Annual report of lunatic asylums [Bombay] - 1912-1922
Year: 1912
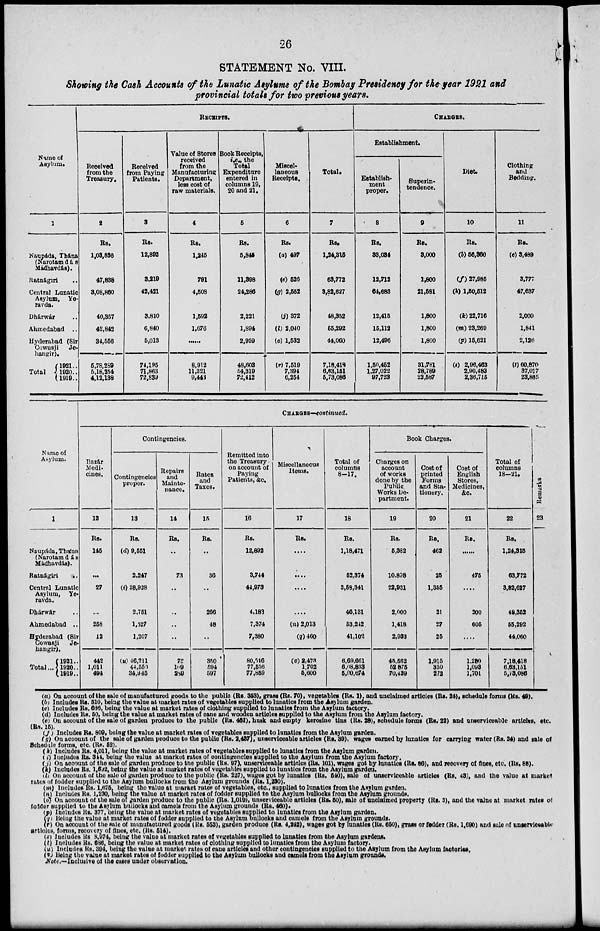
26
STATEMENT No. VIII.
Showing the Cash Accounts of the Lunatic Asylums of the Bombay Presidency for the year 1921 and
provincial totals for two previous years.
Name of
Asylum.
1
Naupáda, Thána
(Narotam dás
Madhavdás).
Ratnágiri ..
Central Lunatic
Asylum, Ye-
ravda.
Dhárwár ..
Ahmedabad ..
Hyderabad (Sir
Cowasji
Je-
hangir).
Total
1921 ..
1920 ..
1919 ..
RECEIPTS.
Received
from the
Treasury.
2
Rs.
1,03,836
47,838
3,08,860
40,357
42,842
34,566
5,78,289
5,18,254
4,12,138
Received
from Paying
Patients.
3
Rs.
12,892
3,219
42,421
3,810
6,840
5,013
74,195
71,863
72,839
Value of Stores
received
from the
Manufacturing
Department,
less cost of
raw materials.
4
Rs.
1,245
791
4,508
1,592
1,676
......
8,912
11,321
9,443
Book Receipts,
i.e., the
Total
Expenditure
entered in
columns 19,
20 and 21.
5
Rs.
5,845
11,398
24,286
2,221
1,894
2,959
48,603
54,319
72,412
Miscel-
laneous
Receipts.
6
Rs.
(a) 497
(e) 526
(g) 2,552
(j) 372
(l) 2,040
(o) 1,532
(r) 7,519
7,394
6,254
Total.
7
Rs.
1,24,315
63,772
3,82,627
48,352
55,292
44,060
7,18,418
6,63,151
5,73,086
CHARGES.
Establishment.
Establish-
ment
proper.
8
Rs.
33,034
12,712
64,683
12,415
15,112
12,496
1,50,452
1,27,022
97,723
Superin-
tendence.
9
Rs.
3,000
1,800
21,581
1,800
1,800
1,800
31,781
28,789
22,587
Diet.
10
Rs.
(b) 56,360
(f) 27,985
(h) 1,50,512
(k) 22,716
(m) 23,269
(p) 15,621
(s) 2,96,463
2,90,483
2,36,715
Clothing
and
Bedding.
11
Rs.
(c) 3,489
3,777
47,637
2,000
1,841
2,126
(t) 60,870
37,017
23,865
Name of
Asylum.
1
Naupáda, Thána
(Narotam dás
Mádhavdás).
Ratnágiri
..
Central Lunatic
Asylum, Ye-
ravda.
Dhárwár ..
Ahmedabad ..
Hyderabad (Sir
Cowasji
Je-
hangir).
Total ...
1921..
1920..
1919..
CHARGES—continued.
Bazár
Medi-
cines.
12
Rs.
145
...
27
...
258
12
442
1,011
494
Contingencies.
Contingencies
proper.
13
Rs.
(d) 9,551
2,247
(i) 28,928
2,751
1,527
1,207
(u) 46,211
44,550
34,945
Repairs
and
Mainte-
nance.
14
Rs.
..
73
..
..
..
..
72
109
280
Rates
and
Taxes.
15
Rs.
..
36
..
266
48
..
350
594
597
Remitted into
the Treasury.
on account of
Paying
Patients, &c.
16
Rs.
12,892
3,744
44,973
4,183
7,374
7,380
80,546
77,556
77,859
Miscellaneous
Items.
17
Rs.
....
....
....
....
(n) 2,013
(q) 460
(v) 2,473
1,702
5,600
Total of
columns
8-17.
18
Rs.
1,18,471
52,374
3,58,341
46,131
53,242
41,102
6,69,661
6,08,833
5,00,674
Book Charges.
Charges on
account
of works
done by the
Public
Works De-
partment.
19
Rs.
5,382
10,808
22,931
2,000
1,418
2,933
45,562
52 875
70,439
Cost of
printed
Forms
and Sta-
tionery.
20
Rs.
462
25
1,356
21
27
25
1,915
350
272
Cost of
English
Stores,
Medicines,
&c.
21
Rs.
......
475
....
200
605
....
1,280
1,093
1,701
Total of
columns
18—21.
22
Rs.
1,24,315
63,772
3,82,627
48,352
55,292
44,060
7,18,418
6,63,151
6,73,086
Remarks
23
(a) On account of the sale of manufactured goods to the public (Rs. 353), grass (Rs. 70), vegetables (Rs. 1). and unclaimed articles (Rs. 24), schedule forms (Rs. 49).
(b) Includes Rs. 510, being the value at market rates of vegetables supplied to lunatics from the Asylum garden.
(c) Includes Rs. 686, being the value at market rates of clothing supplied to lunatics from the Asylum factory.
(d) Includes Rs. 50, being the value at market rates of cane and wooden articles supplied to the Asylum from the Asylum factory.
(e) On account of the sale of garden produce to the public (Rs. 461), husk and empty kerosine tins (Rs. 28), schedule forms (Rs. 22) and unserviceable articles, etc.
(Rs. 15).
(f) Includes Rs. 809, being the value at market rates of vegetables supplied to lunatics from the Asylum garden.
(g) On account of the sale of garden produce to the public (Rs. 2,437), unserviceable articles (Rs. 39), wages earned by lunatics for carrying water (Rs. 24) and sale of
Schedule forms, etc. (Rs. 52).
(h) Includes Rs. 4,011, being the value at market rates of vegetables supplied to lunatics from the Asylum garden.
(i) Includes Rs. 314, being the value at market rates of contingencies supplied to the Asylum from the Asylum factory.
(j) On account of the sale of garden produce to the public (Rs. 97), unserviceable articles (Rs. 101), wages got by lunatics (Rs. 86), and recovery of fines, etc. (Rs. 88).
(k) Includes Rs. 1,592, being the value at market rates of vegetables supplied to lunatics from the Asylum garden.
(l) On account of the sale of garden produce to the public (Rs. 227), wages got by lunatics (Rs. 540), sale of unserviceable articles (Rs. 43), and the value at market
rates of fodder supplied to the Asylum bullocks from the Asylum grounds (Rs. 1,230).
(m) Includes Rs. 1,675. being the value at market rates of vegetables, etc., supplied to lunatics from the Asylum garden.
(n) Includes Rs. 1,230, being the value at market rates of fodder supplied to the Asylum bullocks from the Asylum grounds.
(o) On account of the sale of garden produce to the public (Rs. 1,019), unserviceable articles (Rs. 50), sale of unclaimed property (Rs. 3), and the value at market rates of
fodder supplied to the Asylum bullocks and camels from the Asylum grounds (Rs. 460).
(p) Includes Rs. 377, being the value at market rates of vegetables supplied to lunatics from the Asylum garden.
(q) Being the value at market rates of fodder supplied to the Asylum bullocks and camels from the Asylum grounds.
(r) On account of the sale of manufactured goods (Rs. 553), garden produce (Rs. 4,242), wages got by lunatics (Rs. 650), grass or fodder (Rs. 1,690) and sale of unserviceable
articles, forms, recovery of fines, etc. (Rs. 514).
(s) Includes Rs 8,974, being the value at market rates of vegetables supplied to lunatics from the Asylum gardens.
(t) Includes Rs. 686, being the value at market rates of clothing supplied to lunatics from the Asylum factory.
(u) Includes Rs. 394, being the value at market rates of cane articles and other contingencies supplied to the Asylum from the Asylum factories,
(v) Being the value at market rates of fodder supplied to the Asylum bullocks and camels from the Asylum grounds.
Note.—Inclusive of the cases under observation.